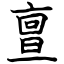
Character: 亶